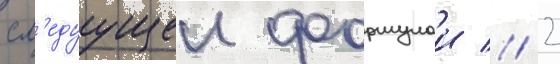
сл'едуущеи формулои // 2